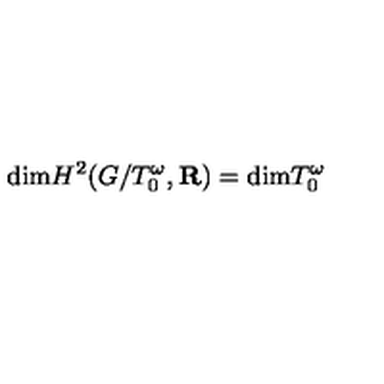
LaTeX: \mathrm { d i m } H ^ { 2 } ( G / T _ { 0 } ^ { \omega } , { \bf R } ) = \mathrm { d i m } T _ { 0 } ^ { \omega }